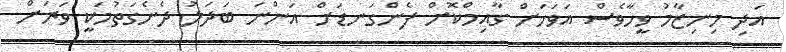
އަދި މިނިޒާމު ވީހާވެސް އަވަހަށް ގާއިމްކޮށް ފެންގަނޑަށް އަންނަ ބަދަލު ދެނެގަތުމަކީ ވަރަށް